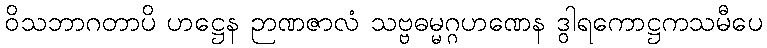
ဝိသဘာဂတာပိ ဟဋ္ဌေန ဉာဏဇာလံ သဗ္ဗဓမ္မဂ္ဂဟဏေန ဒွါရကောဋ္ဌကသမီပေ